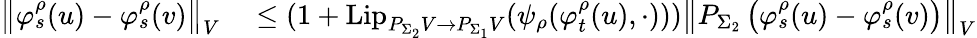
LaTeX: \begin{array}{rl}{\left\Vert\varphi_{s}^{\rho}(u)-\varphi_{s}^{\rho}(v)\right\Vert_{V}}&{{}\leq(1+\mathrm{Lip}_{P_{\Sigma_{2}}V\to P_{\Sigma_{1}}V}(\psi_{\rho}(\varphi_{t}^{\rho}(u),\cdot)))\left\Vert P_{\Sigma_{2}}\left(\varphi_{s}^{\rho}(u)-\varphi_{s}^{\rho}(v)\right)\right\Vert_{V}}\end{array}